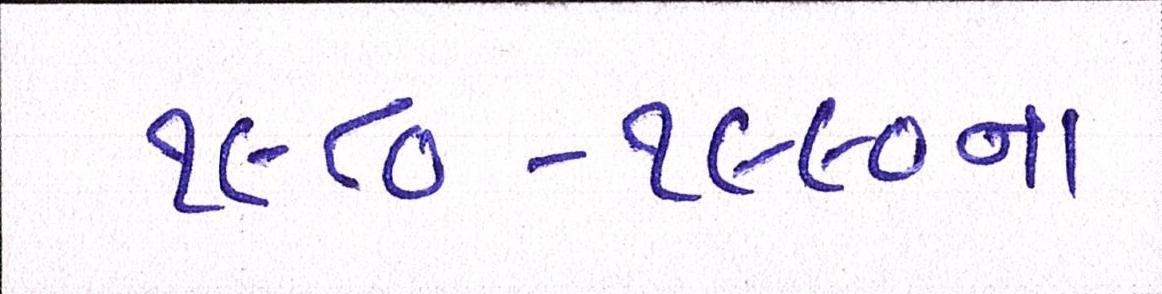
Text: ૧૯૮૦-૧૯૯૦ના